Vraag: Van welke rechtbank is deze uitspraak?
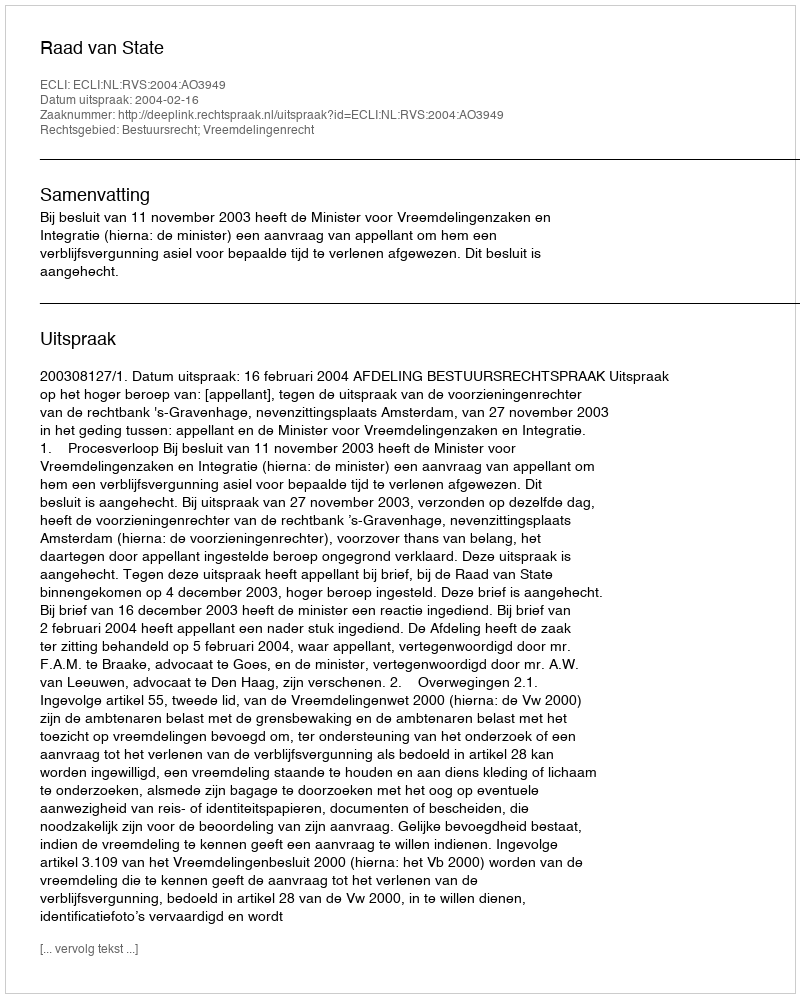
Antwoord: Raad van State